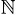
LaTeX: _\mathbb{N}